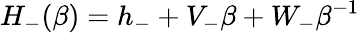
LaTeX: H_{-}(\beta)=h_{-}+V_{-}\beta+W_{-}\beta^{-1}